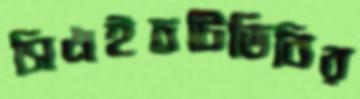
সিএইচটিডিবির